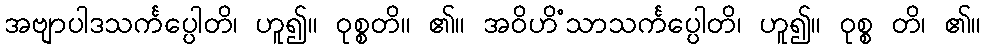
အဗျာပါဒသင်္ကပ္ပေါတိ၊ ဟူ၍။ ဝုစ္စတိ။ ၏။ အဝိဟိံသာသင်္ကပ္ပေါတိ၊ ဟူ၍။ ဝုစ္စ တိ၊ ၏။